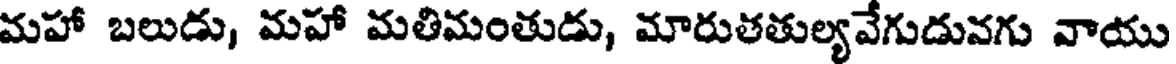
మహా బలుడు, మహా మతిమంతుడు, మారుతతుల్యవేగుడువగు వాయు